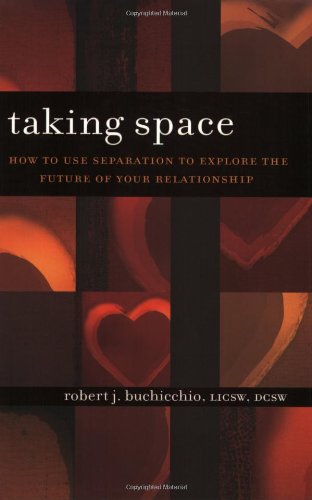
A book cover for Taking Space: How to Use Separation to Explore the Future of Your Relationship; Robert Buchicchio; Parenting & Relationships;